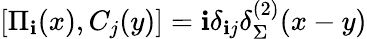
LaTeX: \left[\Pi_{\mathbf{i}}(x),C_{j}(y)\right]=\mathbf{i}\delta_{\mathbf{i}j}\delta_{\Sigma}^{(2)}(x-y)